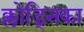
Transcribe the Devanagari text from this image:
क्लोड्निका